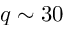
q \sim 3 0